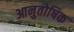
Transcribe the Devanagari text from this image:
आनुतोषिक